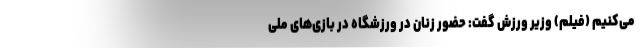
می‌کنیم (فیلم) وزیر ورزش گفت: حضور زنان در ورزشگاه در بازی‌های ملی